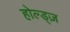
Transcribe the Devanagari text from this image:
होल्ड्ज़